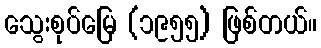
သွေးစုပ်မြေ (၁၉၅၅) ဖြစ်တယ်။